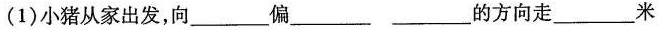
(1)小猪从家出发，向___偏___的方向走___米